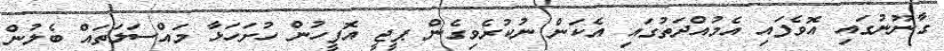
ގާނޫނުގައި އޮވެފައި އެމުއްދަތުގައި އެކަން ނުކުރެވިގެން ޕީޖީ އޮފީހުން ހުށަހަޅާ މައްސަލަތައް ބެލުން